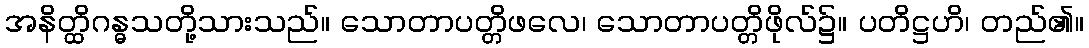
အနိတ္ထိဂန္ဓသတို့သားသည်။ သောတာပတ္တိဖလေ၊ သောတာပတ္တိဖိုလ်၌။ ပတိဋ္ဌဟိ၊ တည်၏။